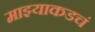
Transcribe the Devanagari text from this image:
माझ्याकडचं